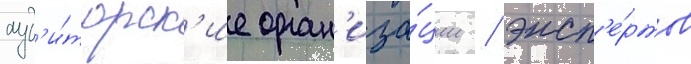
ауд'и́торск'ие орган'иза́ции / эксп'е́ртов